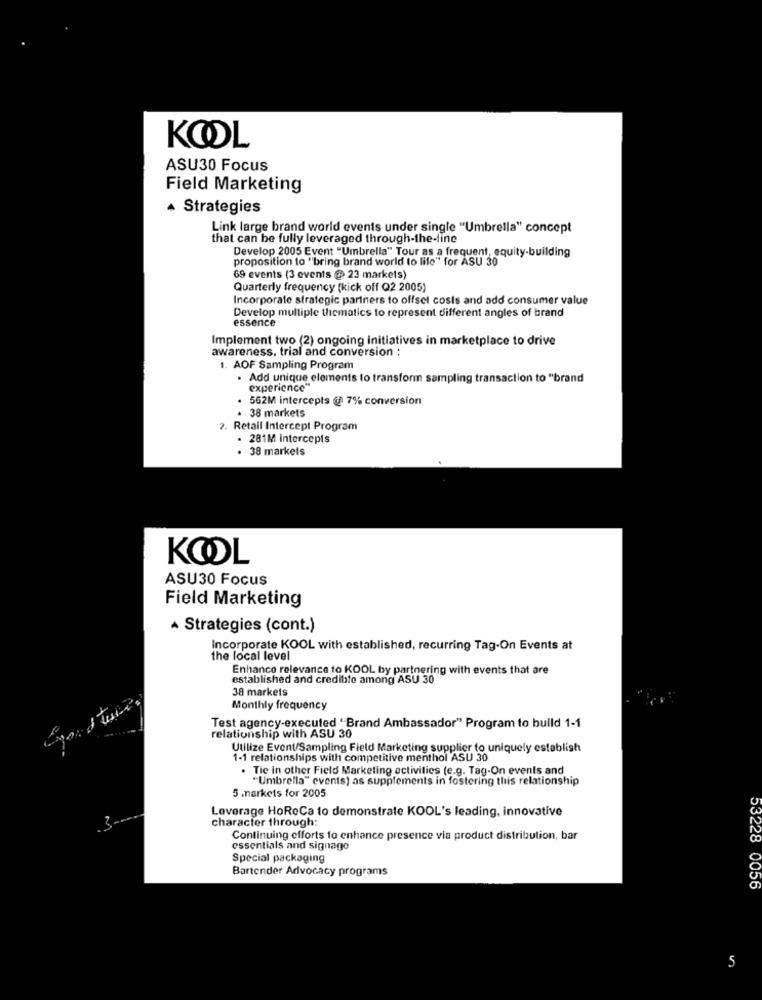
KOOL
ASU30 Focus
Field Marketing
· Strategies
Link large brand world events under single "Umbrella" concept
that can be fully leveraged through-the-line
Develop 2005 Event "Umbrella" Tour as a frequent, equity-building
proposition to "bring brand world to life" for ASU 30
69 events (3 events @ 23 markets)
Quarterly frequency (kick off Q2 2005)
Incorporate strategic partners to offset costs and add consumer value
Develop multiple thematics to represent different angles of brand
essence
Implement two (2) ongoing initiatives in marketplace to drive
awareness, trial and conversion :
1. AOF Sampling Program
. Add unique elements to transform sampling transaction to "brand
experience"
. 562M intercepts @ 7% conversion
· 38 markets
2. Retail Intercept Program
281M intercepts
. 38 markets
KOOL
ASU30 Focus
Field Marketing
· Strategies (cont.)
Incorporate KOOL with established, recurring Tag-On Events at
the local level
Enhance relevance to KOOL by partnering with events that are
established and credible among ASU 30
38 markets
Monthly frequency
Test agency-executed "Brand Ambassador" Program to build 1-1
relationship with ASU 30
Utilize Event/Sampling Field Marketing supplier to uniquely establish
1-1 relationships with competitive menthol ASU 30
. Tic in other Field Marketing activities (e.g. Tag-On events and
"Umbrella" events) as supplements in fostering this relationship
5 .narkets for 2005
Leverage HoReCa to demonstrate KOOL's leading, innovative
character through:
Continuing efforts to enhance presence via product distribution, bar
essentials and signage
Special packaging
Bartender Advocacy programs
53228 0056